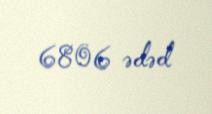
6806 ədəd